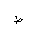
Letter: _da